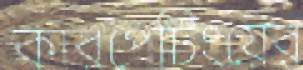
কারপেটিংয়ের